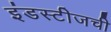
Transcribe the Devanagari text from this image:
इंडस्टीजची